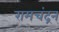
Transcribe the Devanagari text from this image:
रामचंद्रन्‌